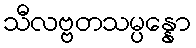
သီလဗ္ဗတသမ္ပန္နော